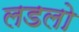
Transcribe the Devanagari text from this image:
लडलो